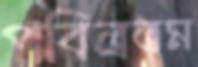
পবিত্রতম